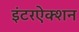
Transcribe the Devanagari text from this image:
इंटरऐक्शन